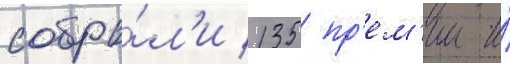
собра́л'и 135 пр'ем'ии и́